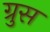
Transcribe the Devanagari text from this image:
ग्रुस